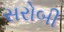
સરોબી